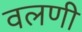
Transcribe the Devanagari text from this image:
वलणी